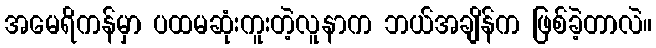
အမေရိကန်မှာ ပထမဆုံးကူးတဲ့လူနာက ဘယ်အချိန်က ဖြစ်ခဲ့တာလဲ။